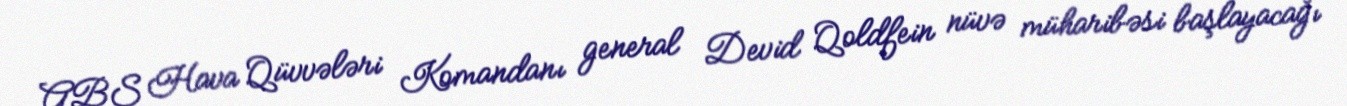
ABŞ Hava Qüvvələri Komandanı general Devid Qoldfein nüvə müharibəsi başlayacağı